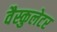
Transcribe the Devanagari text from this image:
वैस्कुलेटर